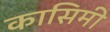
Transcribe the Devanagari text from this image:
कासिमी